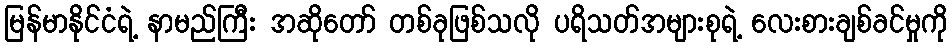
မြန်မာနိုင်ငံရဲ့ နာမည်ကြီး အဆိုတော် တစ်ခုဖြစ်သလို ပရိသတ်အများစုရဲ့ လေးစားချစ်ခင်မှုကို